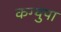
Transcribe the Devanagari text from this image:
कग्युपा